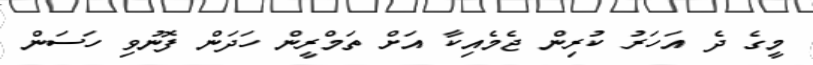
މީގެ ދެ އަހަރު ކުރިން ޖެމެއިކާ އަށް ތަމްރީން ހަދަން ފޮނުވި ހަސަން